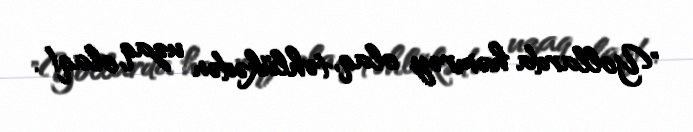
"Yollarda həmrəy olaq, təhlükədən uzaq olaq!.